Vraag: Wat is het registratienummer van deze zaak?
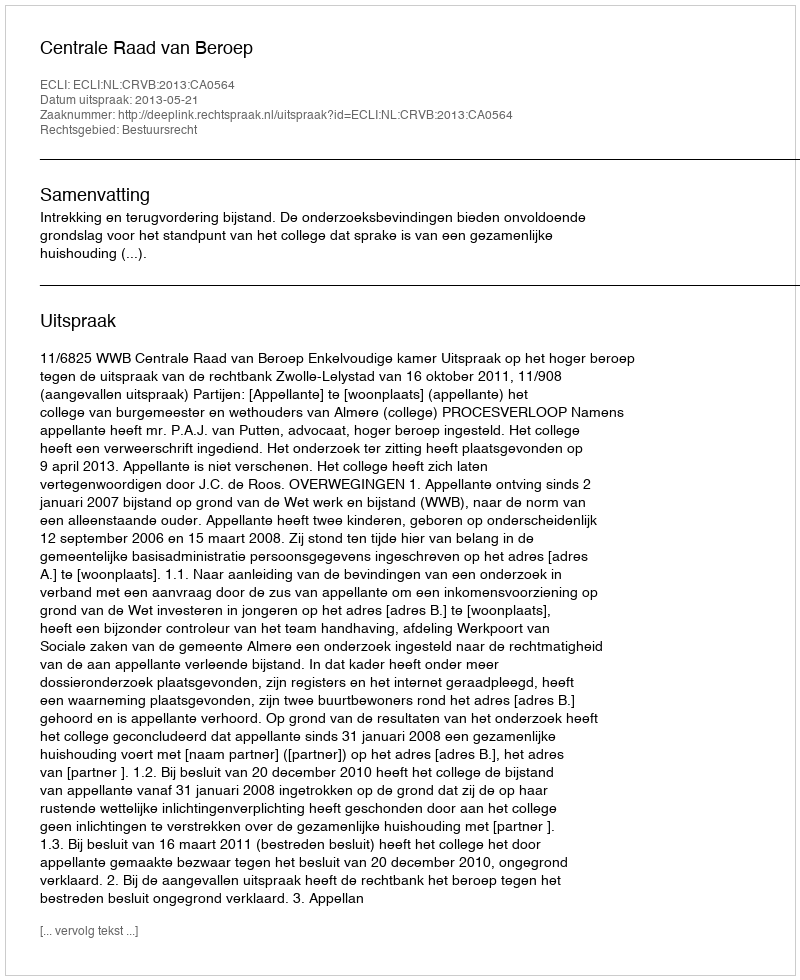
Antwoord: http://deeplink.rechtspraak.nl/uitspraak?id=ECLI:NL:CRVB:2013:CA0564